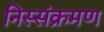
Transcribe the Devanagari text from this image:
निस्संक्रमण